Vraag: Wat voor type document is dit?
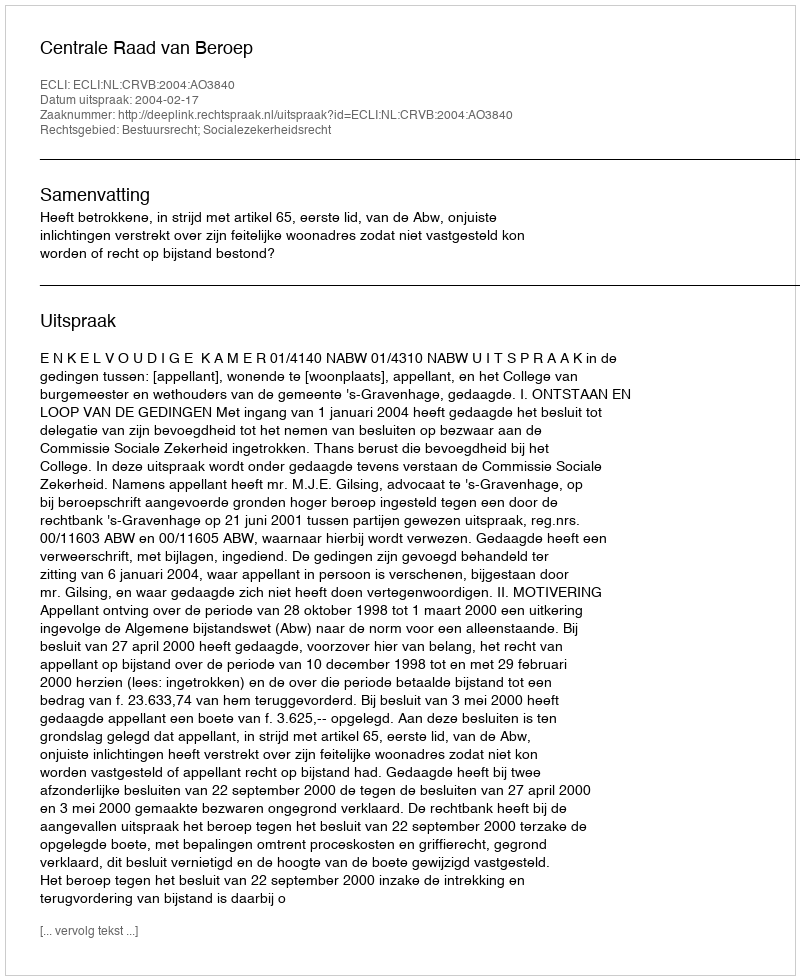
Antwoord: Uitspraak